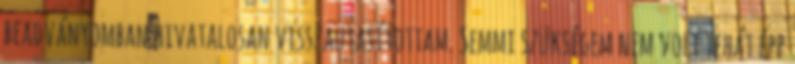
beadványomban hivatalosan visszautasítottam. Semmi szükségem nem volt tehát épp